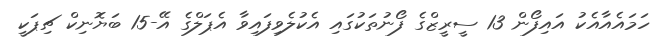
ހަމައެއާއެކު އައިފޯން 13 ސީރީޒްގެ ފޯނުތަކުގައި އެކުލެވިފައިވާ އެޕަލްގެ އޭ-15 ބަޔޮނިކް ޗިޕަކީ